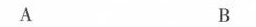
A B